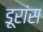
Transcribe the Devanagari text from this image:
डूरांस